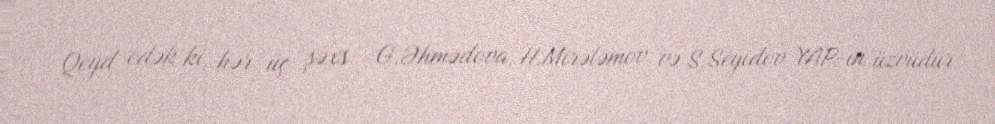
Qeyd edək ki, hər üç şəxs - G.Əhmədova, H.Mirələmov və S.Seyidov YAP-ın üzvüdür